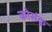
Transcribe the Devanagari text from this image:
कोसंकु